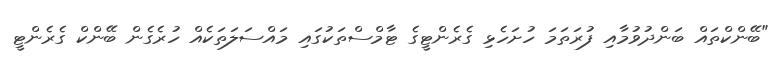
"ބޭންކްތައް ބަންދުވުމާއި ފުރަތަމަ ހުށަހެޅި ގެރެންޓީގެ ޓާމްސްތަކުގައި މައްސަލަތަކެއް ހުރެގެން ބޭންކް ގެރެންޓީ